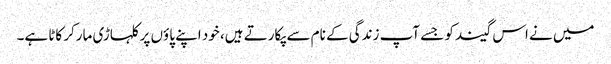
میں نے اس گیند کو جسے آپ زندگی کے نام سے پکارتے ہیں، خود اپنے پاؤں پر کلہاڑی مارکر کاٹا ہے۔